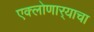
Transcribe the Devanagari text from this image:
एक्लोणार्‍याचा